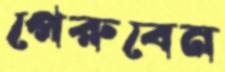
পেরুবেন